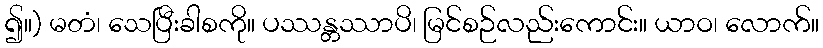
၍။) မတံ၊ သေပြီးခါစကို။ ပဿန္တဿာပိ၊ မြင်စဉ်လည်းကောင်း။ ယာဝ၊ လောက်။